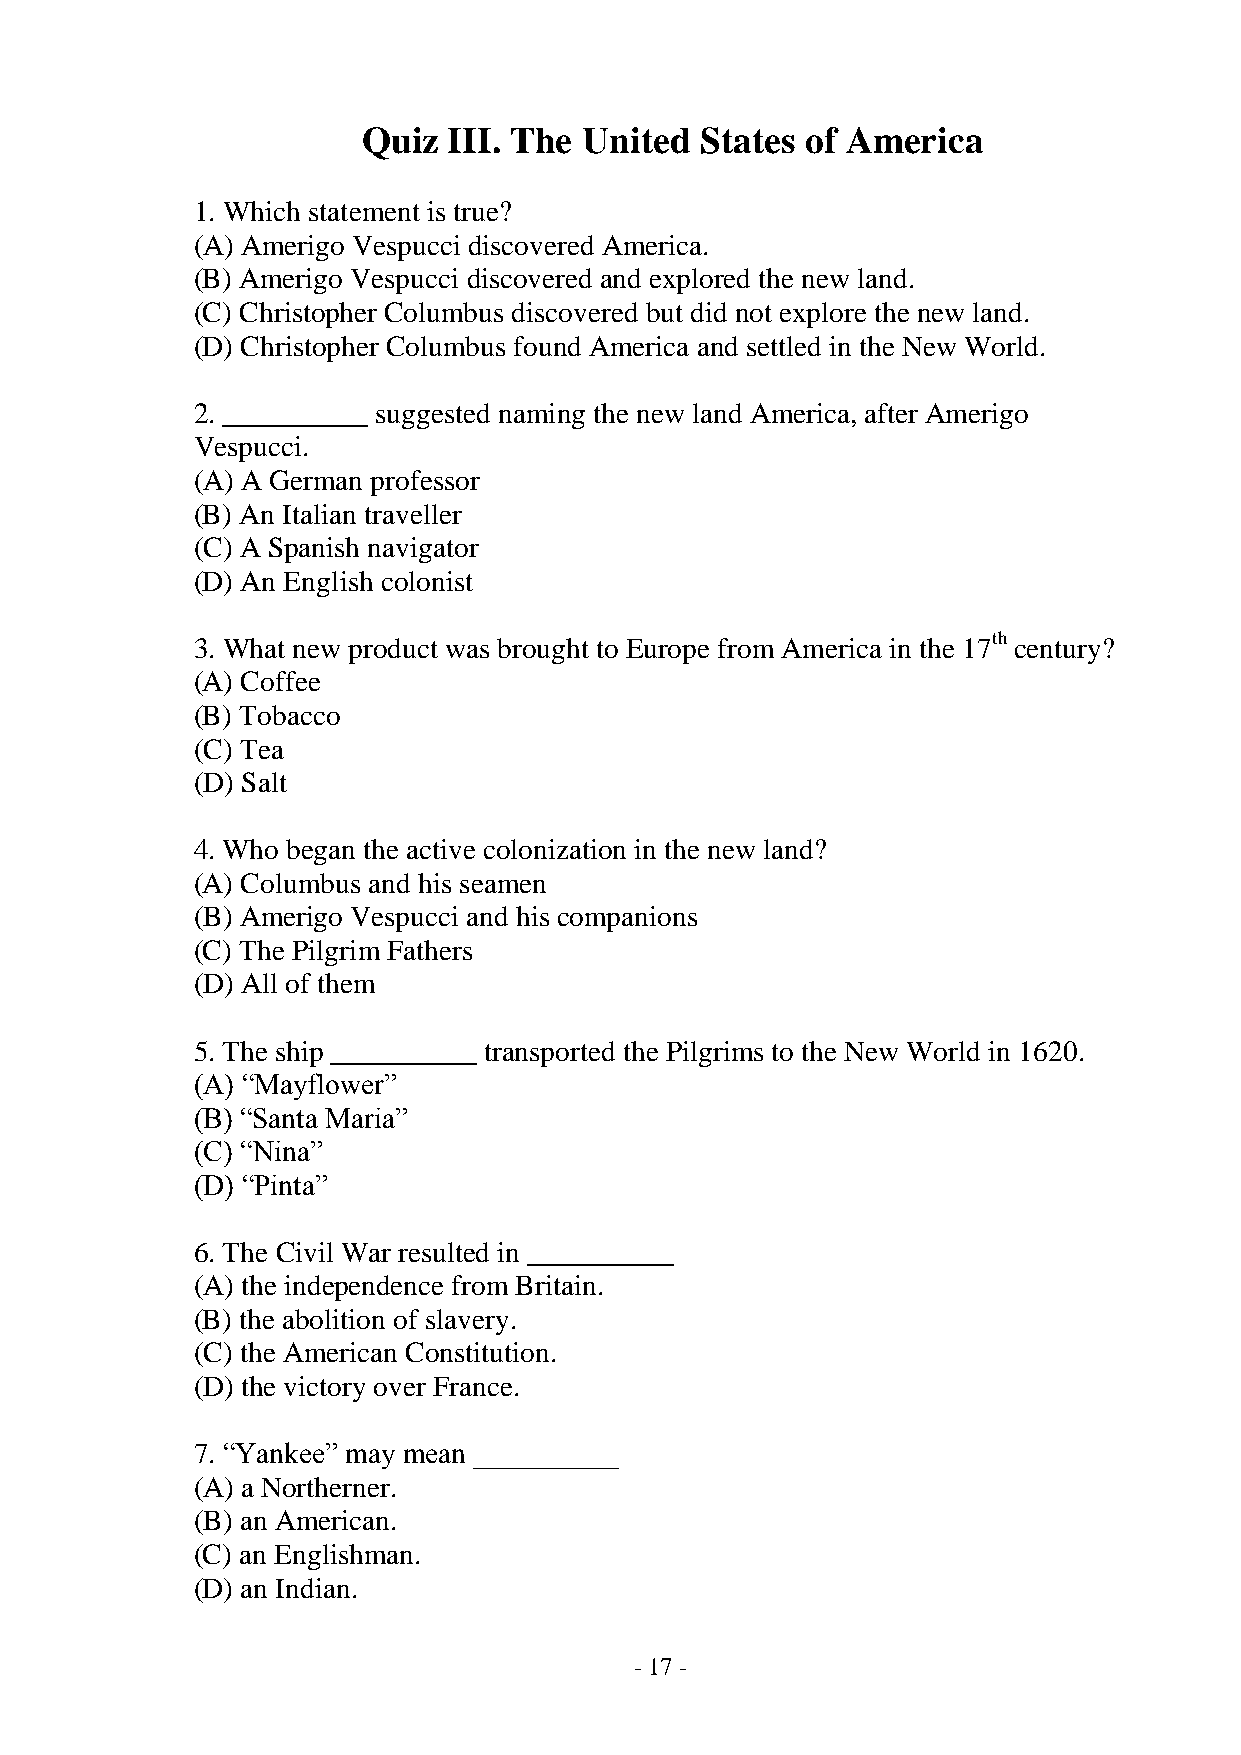
Quiz  III. The United States of America
 1. Which statement is true?
 (A) Amerigo Vespucci discovered America.
 (B) Amerigo Vespucci discovered and explored the new land.
 (C) Christopher Columbus discovered but did not explore the new land.
 (D) Christopher Columbus found America and settled in the New World.
 2. __________ suggested naming the new land America, after Amerigo
 Vespucci.
 (A) A German professor
 (B) An Italian traveller
 (C) A Spanish navigator
 (D) An English colonist
 3. What new product was brought to Europe from America in the 17th century?
 (A) Coffee
 (B) Tobacco
 (C) Tea
 (D) Salt
 4. Who began the active colonization in the new land?
 (A) Columbus and his seamen
 (B) Amerigo Vespucci and his companions
 (C) The Pilgrim Fathers
 (D) All of them
 5. The ship __________ transported the Pilgrims to the New World in 1620.
 (A) “Mayflower”
 (B) “Santa Maria”
 (C) “Nina”
 (D) “Pinta”
 6. The Civil War resulted in __________
 (A) the independence from Britain.
 (B) the abolition of slavery.
 (C) the American Constitution.
 (D) the victory over France.
 7. “Yankee” may mean __________
 (A) a Northerner.
 (B) an American.
 (C) an Englishman.
 (D) an Indian.
 - 17 -